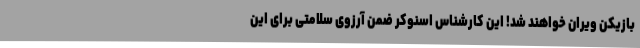
بازیکن ویران خواهند شد! این کارشناس اسنوکر ضمن آرزوی سلامتی برای این